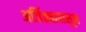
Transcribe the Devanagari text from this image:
अजिंठ्यापासून